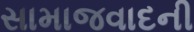
સામાજવાદની